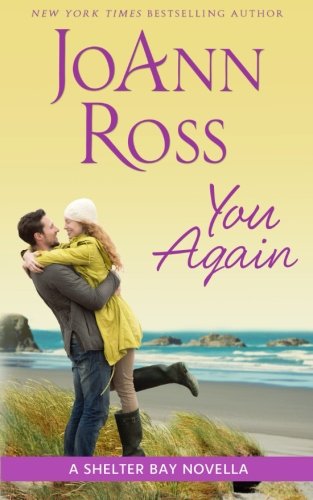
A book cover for You Again: A Shelter Bay novella (Volume 8); JoAnn Ross; Romance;